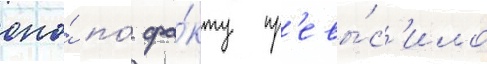
оно́ по́ фа́кту пр'евы́с'ило